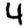
Digit: 4